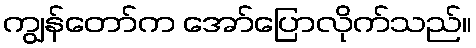
ကျွန်တော်က အော်ပြောလိုက်သည်။